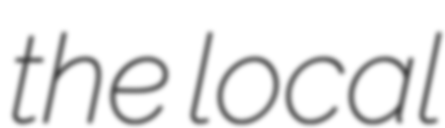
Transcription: the local